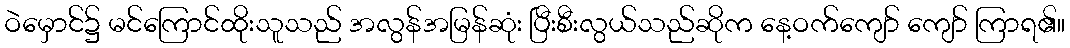
ဝဲမှောင်၌ မင်ကြောင်ထိုးသူသည် အလွန်အမြန်ဆုံး ပြီးစီးလွယ်သည်ဆိုက နေ့ဝက်ကျော် ကျော် ကြာရ၏။